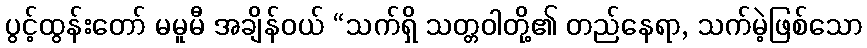
ပွင့်ထွန်းတော် မမူမီ အချိန်ဝယ် “သက်ရှိ သတ္တဝါတို့၏ တည်နေရာ, သက်မဲ့ဖြစ်သော